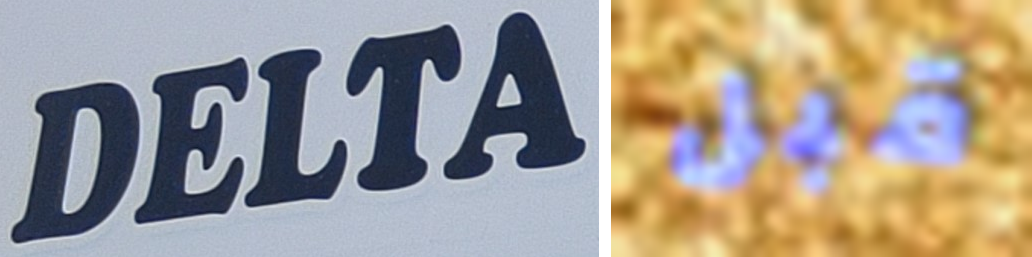
DELTA قبل